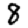
Digit: 8